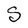
Character: S